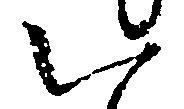
い